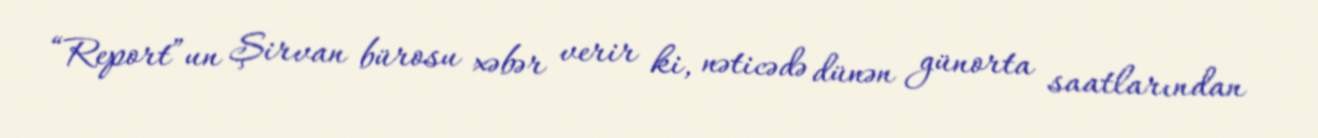
“Report”un Şirvan bürosu xəbər verir ki, nəticədə dünən günorta saatlarından